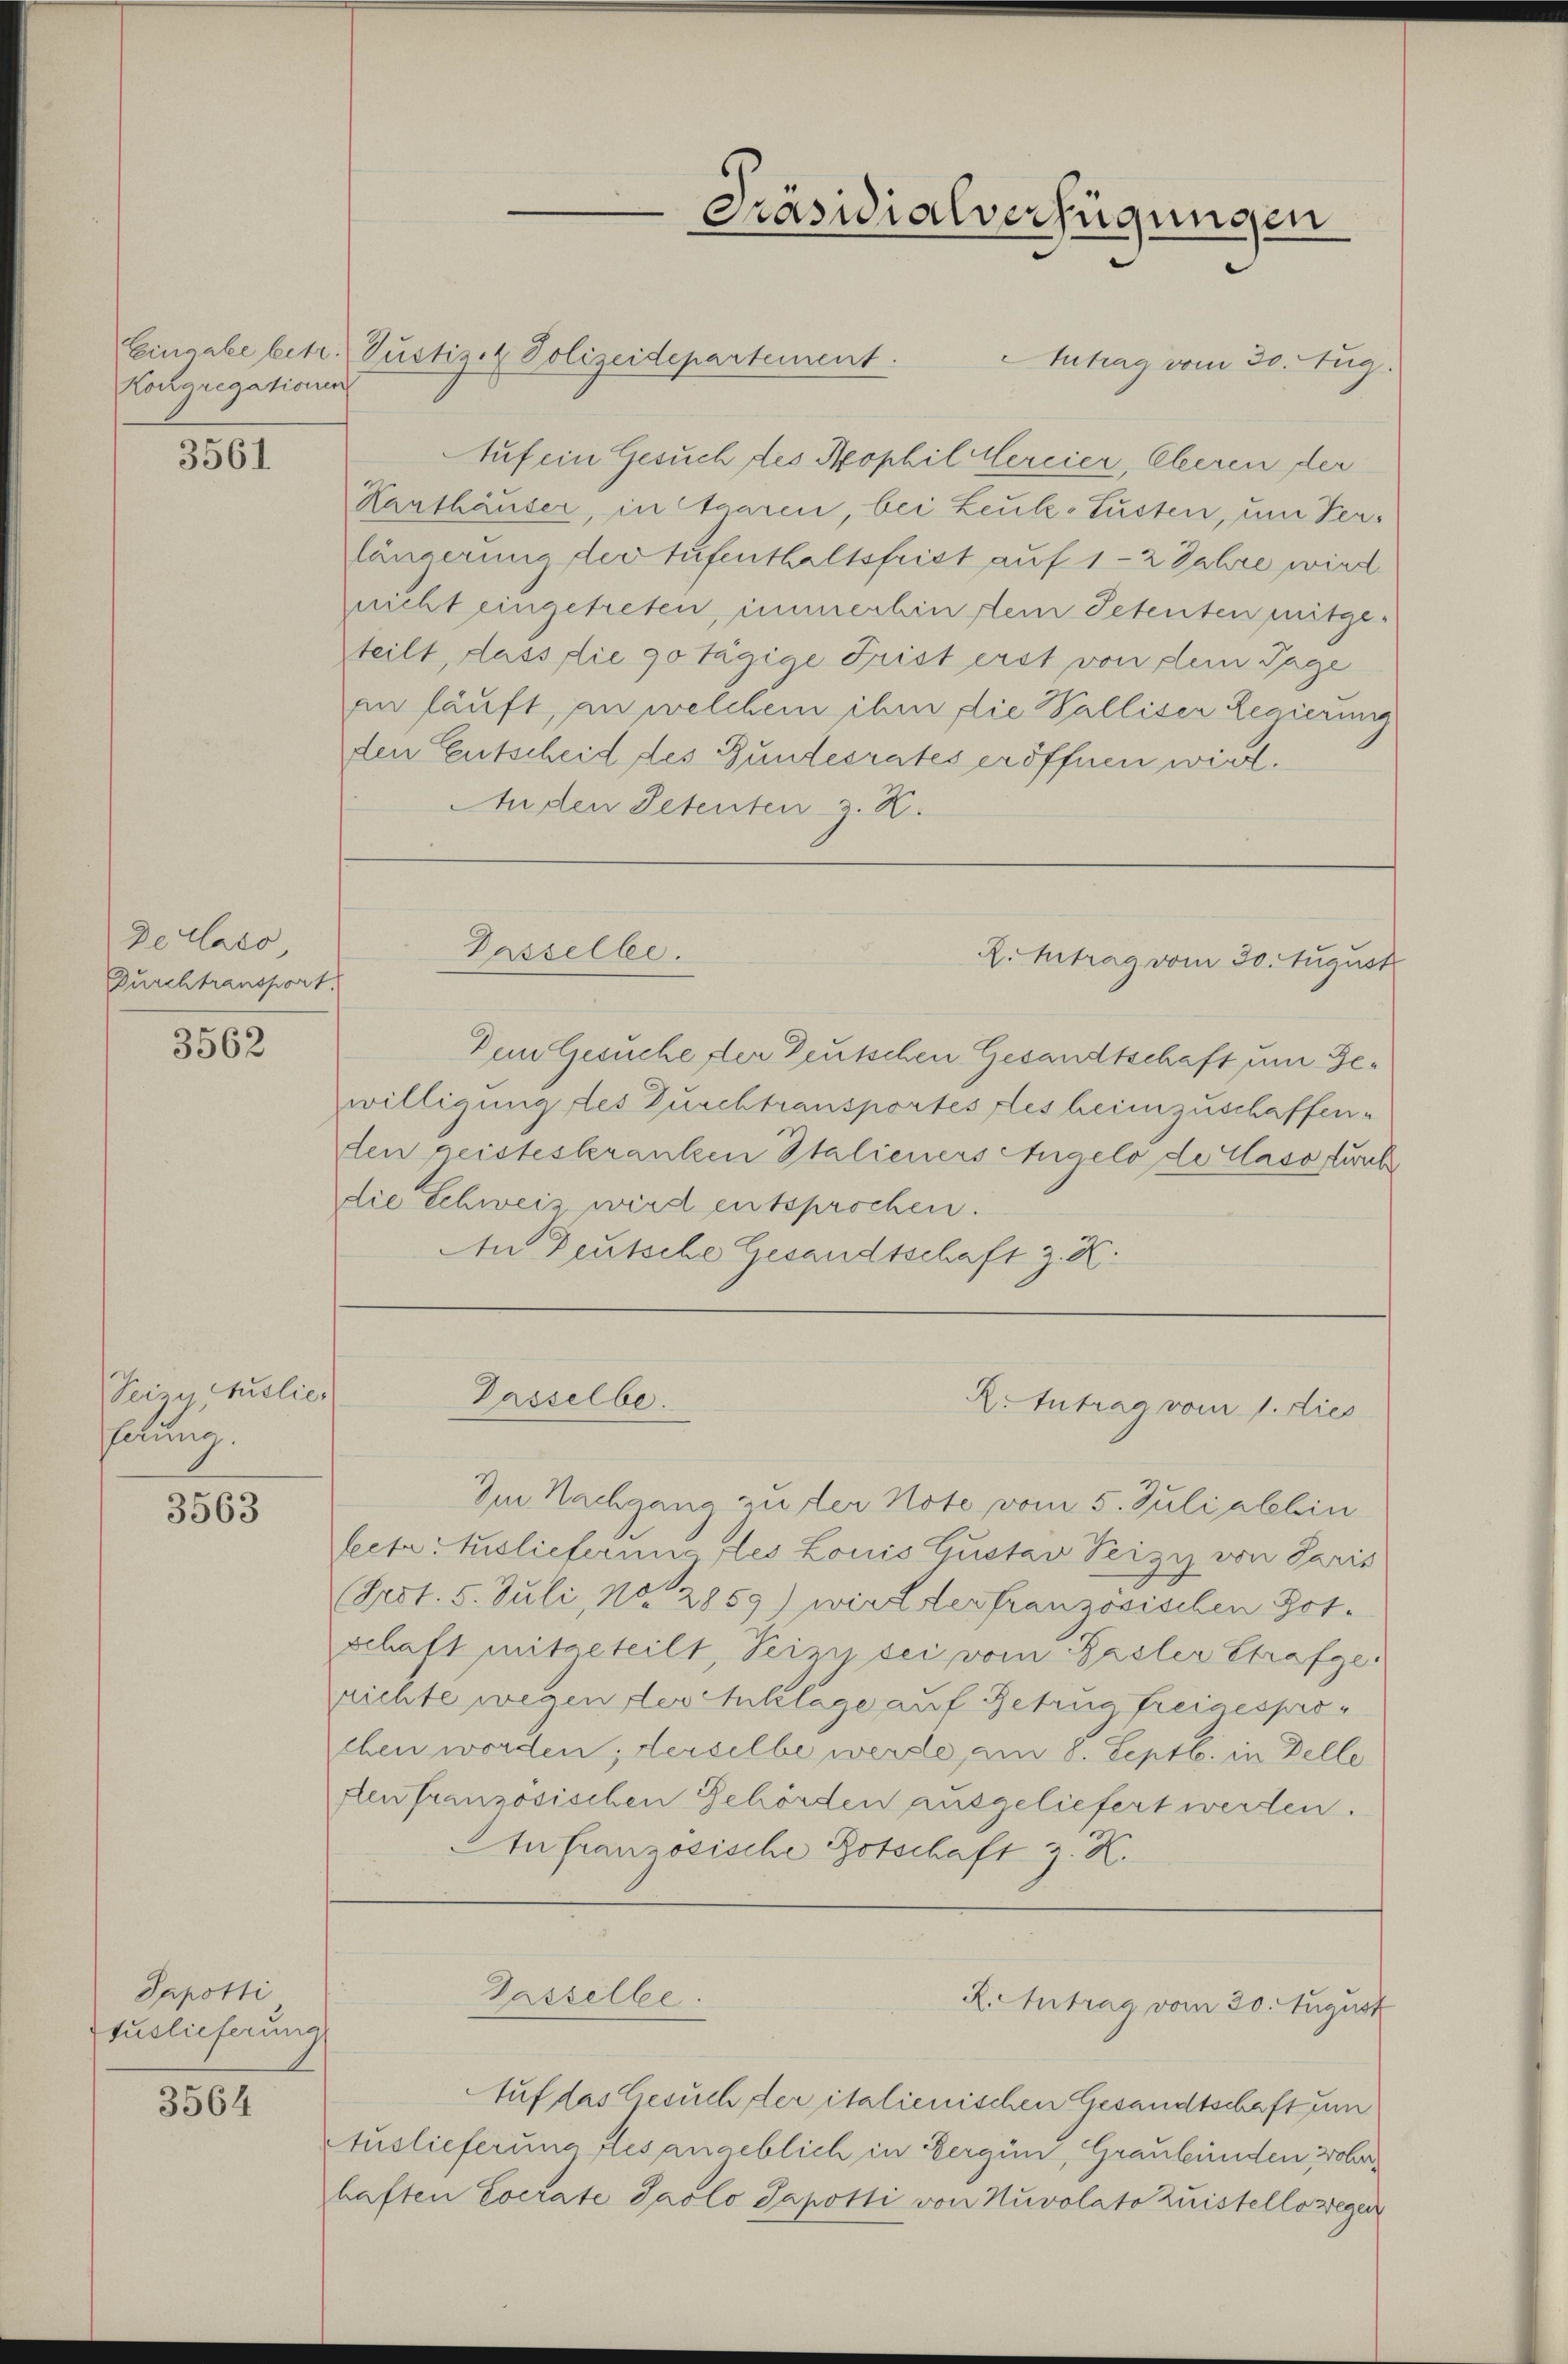
Kocaregationen

3561

Declato
Durchtransport

3562

Seine Auslie
hütung.

3563

Sapotti
tuslieferung

3564

Eingabe betr. Gustiz- & Polizeidepartement.
Antrag vom 30. Aug.
Auf ein Gesuch des Sophil Cercier, Eheren der
Hanthäuser, in Agaren, bei Leute-Lusten, um Verlängerung der tufenthaltsfrist auf 1-2 Jahre wird
nicht eingetreten, immerhin dem Petenten mitge-
teilt, dass die gotägige Frist erst von dem Tage
an häuft, an welchem ihm die Walliser Regierung
den Entscheid des Gundesrates eröffnen wird.
Anden Petenten z. B.

Dem Gesuche, der Deutschen Gesandtschaft um Gewilligung des Durchtransportes desheimzuschaffen.
ten geisteskranken Italieners Angelo de Casostwick
die Schweiz wird entsprochen.
An Deutsche Gesandtschaft z. K.

Dasselbe.

Dasselbe.

Im Nachgang aufer Note vom 5. Juli allein
fectatuslieferung des Louis Gustav Peizy von Paris
(Sest. 5. Juli, No. 12859) wird der französischen Botschaft mitgeteilt, Peizy sei vom Basler Strafgerichte wegen der Anklage auf Betrug freigesprochen worden; derselbe werde, am 8. Septb. in Delle
den französischen Gehörden ausgeliefert werden.
In französische Botschaft z. K.

Auf das Gesuch der italienischen Gesandtschaft um
Auslieferung fles angeblich in Bergün, Graubünden obr
haften Cocrate Paolo Sapotti von Nuvolato zustellowegen

Tasselbe

Präsidialverfügungen

R. Antrag vom 30. August

X. Antrag vom 1. dies

R. Antrag vom 30. August